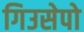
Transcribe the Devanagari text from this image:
गिउसेपो